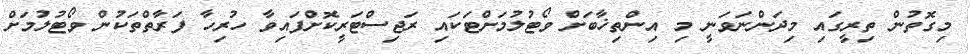
މިގޮތުން ތިރީގައި މިދަންނަވަނީ މި އިންތިޚާބަށް ވޯޓުލުމަށްޓަކައި ރަޖިސްޓަރީކޮށްފައިވާ ހުރިހާ ފަރާތްތަކުން ވޯޓުލުމަށް